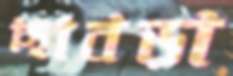
ছাবড়া